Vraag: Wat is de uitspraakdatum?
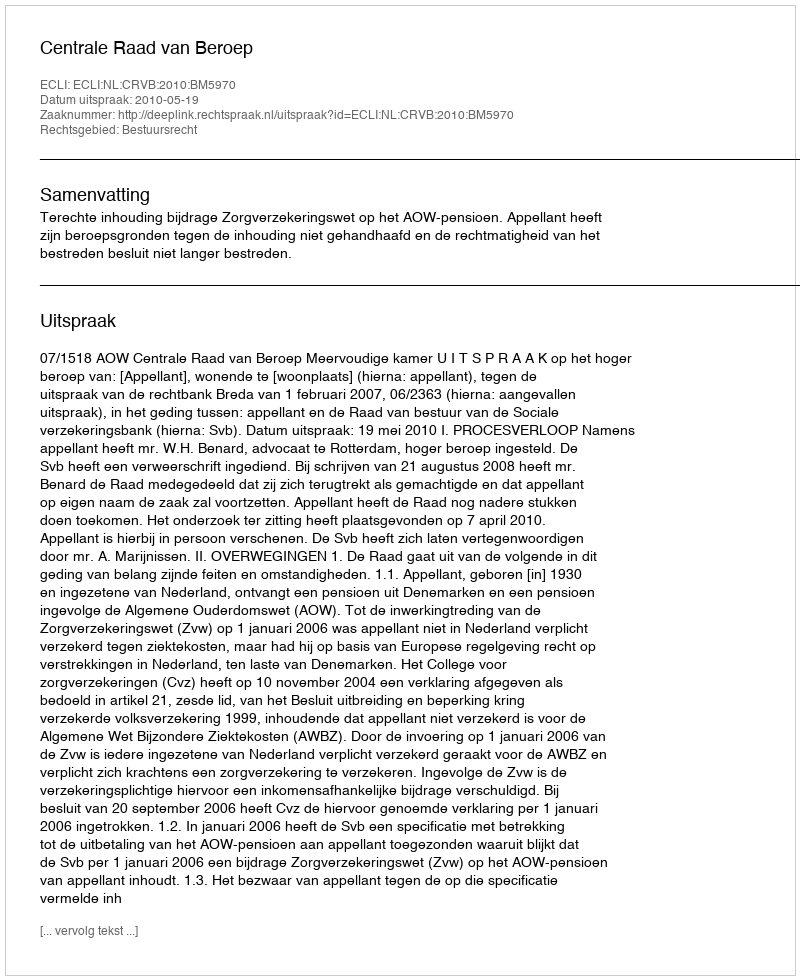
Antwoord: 2010-05-19